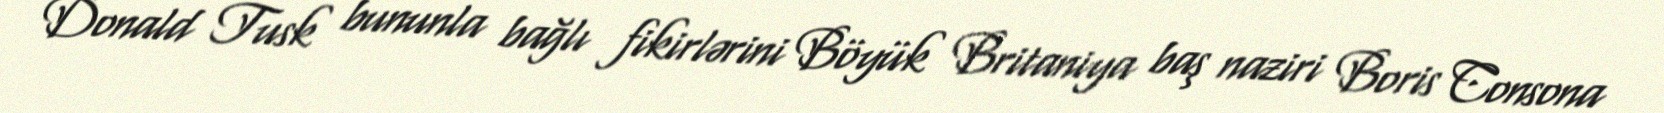
Donald Tusk bununla bağlı fikirlərini Böyük Britaniya baş naziri Boris Consona